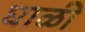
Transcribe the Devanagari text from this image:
घाळी